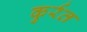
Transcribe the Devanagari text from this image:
कुर्रत